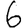
Digit: 6